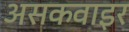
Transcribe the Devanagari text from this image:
असकवाइर